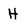
Character: H